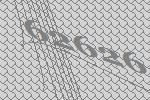
62626